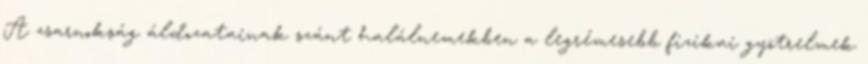
A zsarnokság áldozatainak szánt halálnemekben a legrémesebb fizikai gyötrelmek